画像に写った文字を読んでください
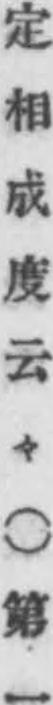
「定相成度云々○第一」と書いてあります